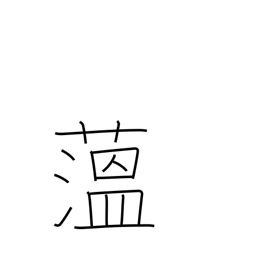
Meaning: hornwort